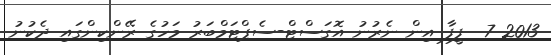
2013 7  ފީފާ އިން ނެރުނު އޮގަސްޓް-ސެޕްޓަމްބަރު މަހުގެ ރޭންކިންގައި ދެކުނު